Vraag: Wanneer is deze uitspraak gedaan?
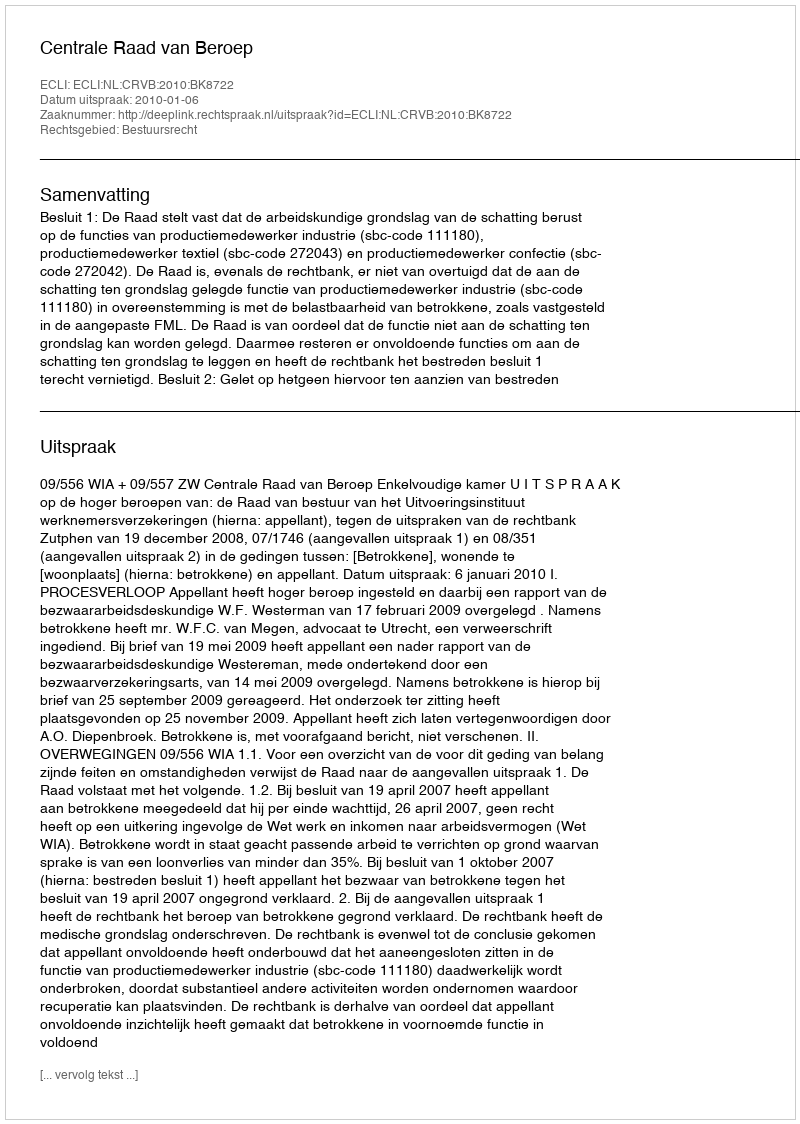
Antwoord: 2010-01-06